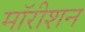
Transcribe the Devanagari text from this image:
मॉरीशन